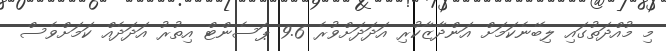
މި މުއްދަތުގައި ލިބޭނެކަމަށް އަންދާޒާކުރި އަދަދަށްވުރެ 9.6 ޕަސެންޓް އިތުރު އަދަދެއް ކަމަށްވެސް